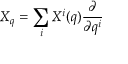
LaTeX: X _ { q } = \sum _ { i } X ^ { i } ( q ) { \frac { \partial } { \partial q ^ { i } } }